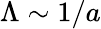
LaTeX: \Lambda\sim 1/a